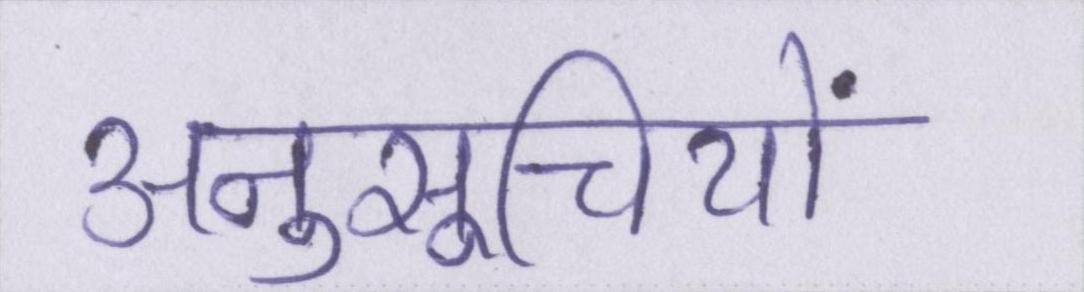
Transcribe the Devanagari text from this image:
अनुसूचियों